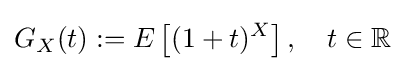
G_{X}(t):=E\left[(1+t)^{X}\right],\quad t\in \mathbb {R}